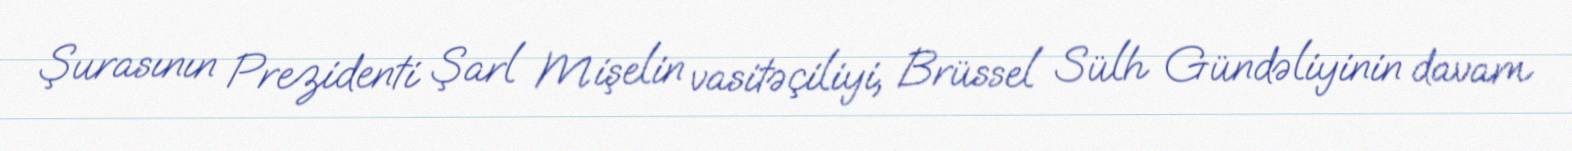
Şurasının Prezidenti Şarl Mişelin vasitəçiliyi, Brüssel Sülh Gündəliyinin davam